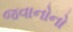
જવાનોનો